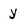
Character: y